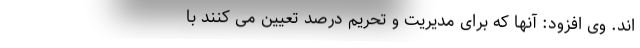
اند. وی افزود: آنها که برای مدیریت و تحریم درصد تعیین می کنند با